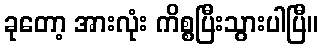
ခုတော့ အားလုံး ကိစ္စပြီးသွားပါပြီ။